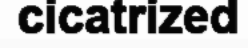
cicatrized